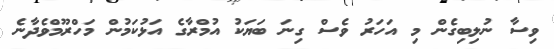
ވިސާ ނުލިބިގެން މި އަހަރު ވެސް ގިނަ ބަޔަކު އުމްރާގެ އަޅުކަމުން މަހްރޫމްވެދާނެ